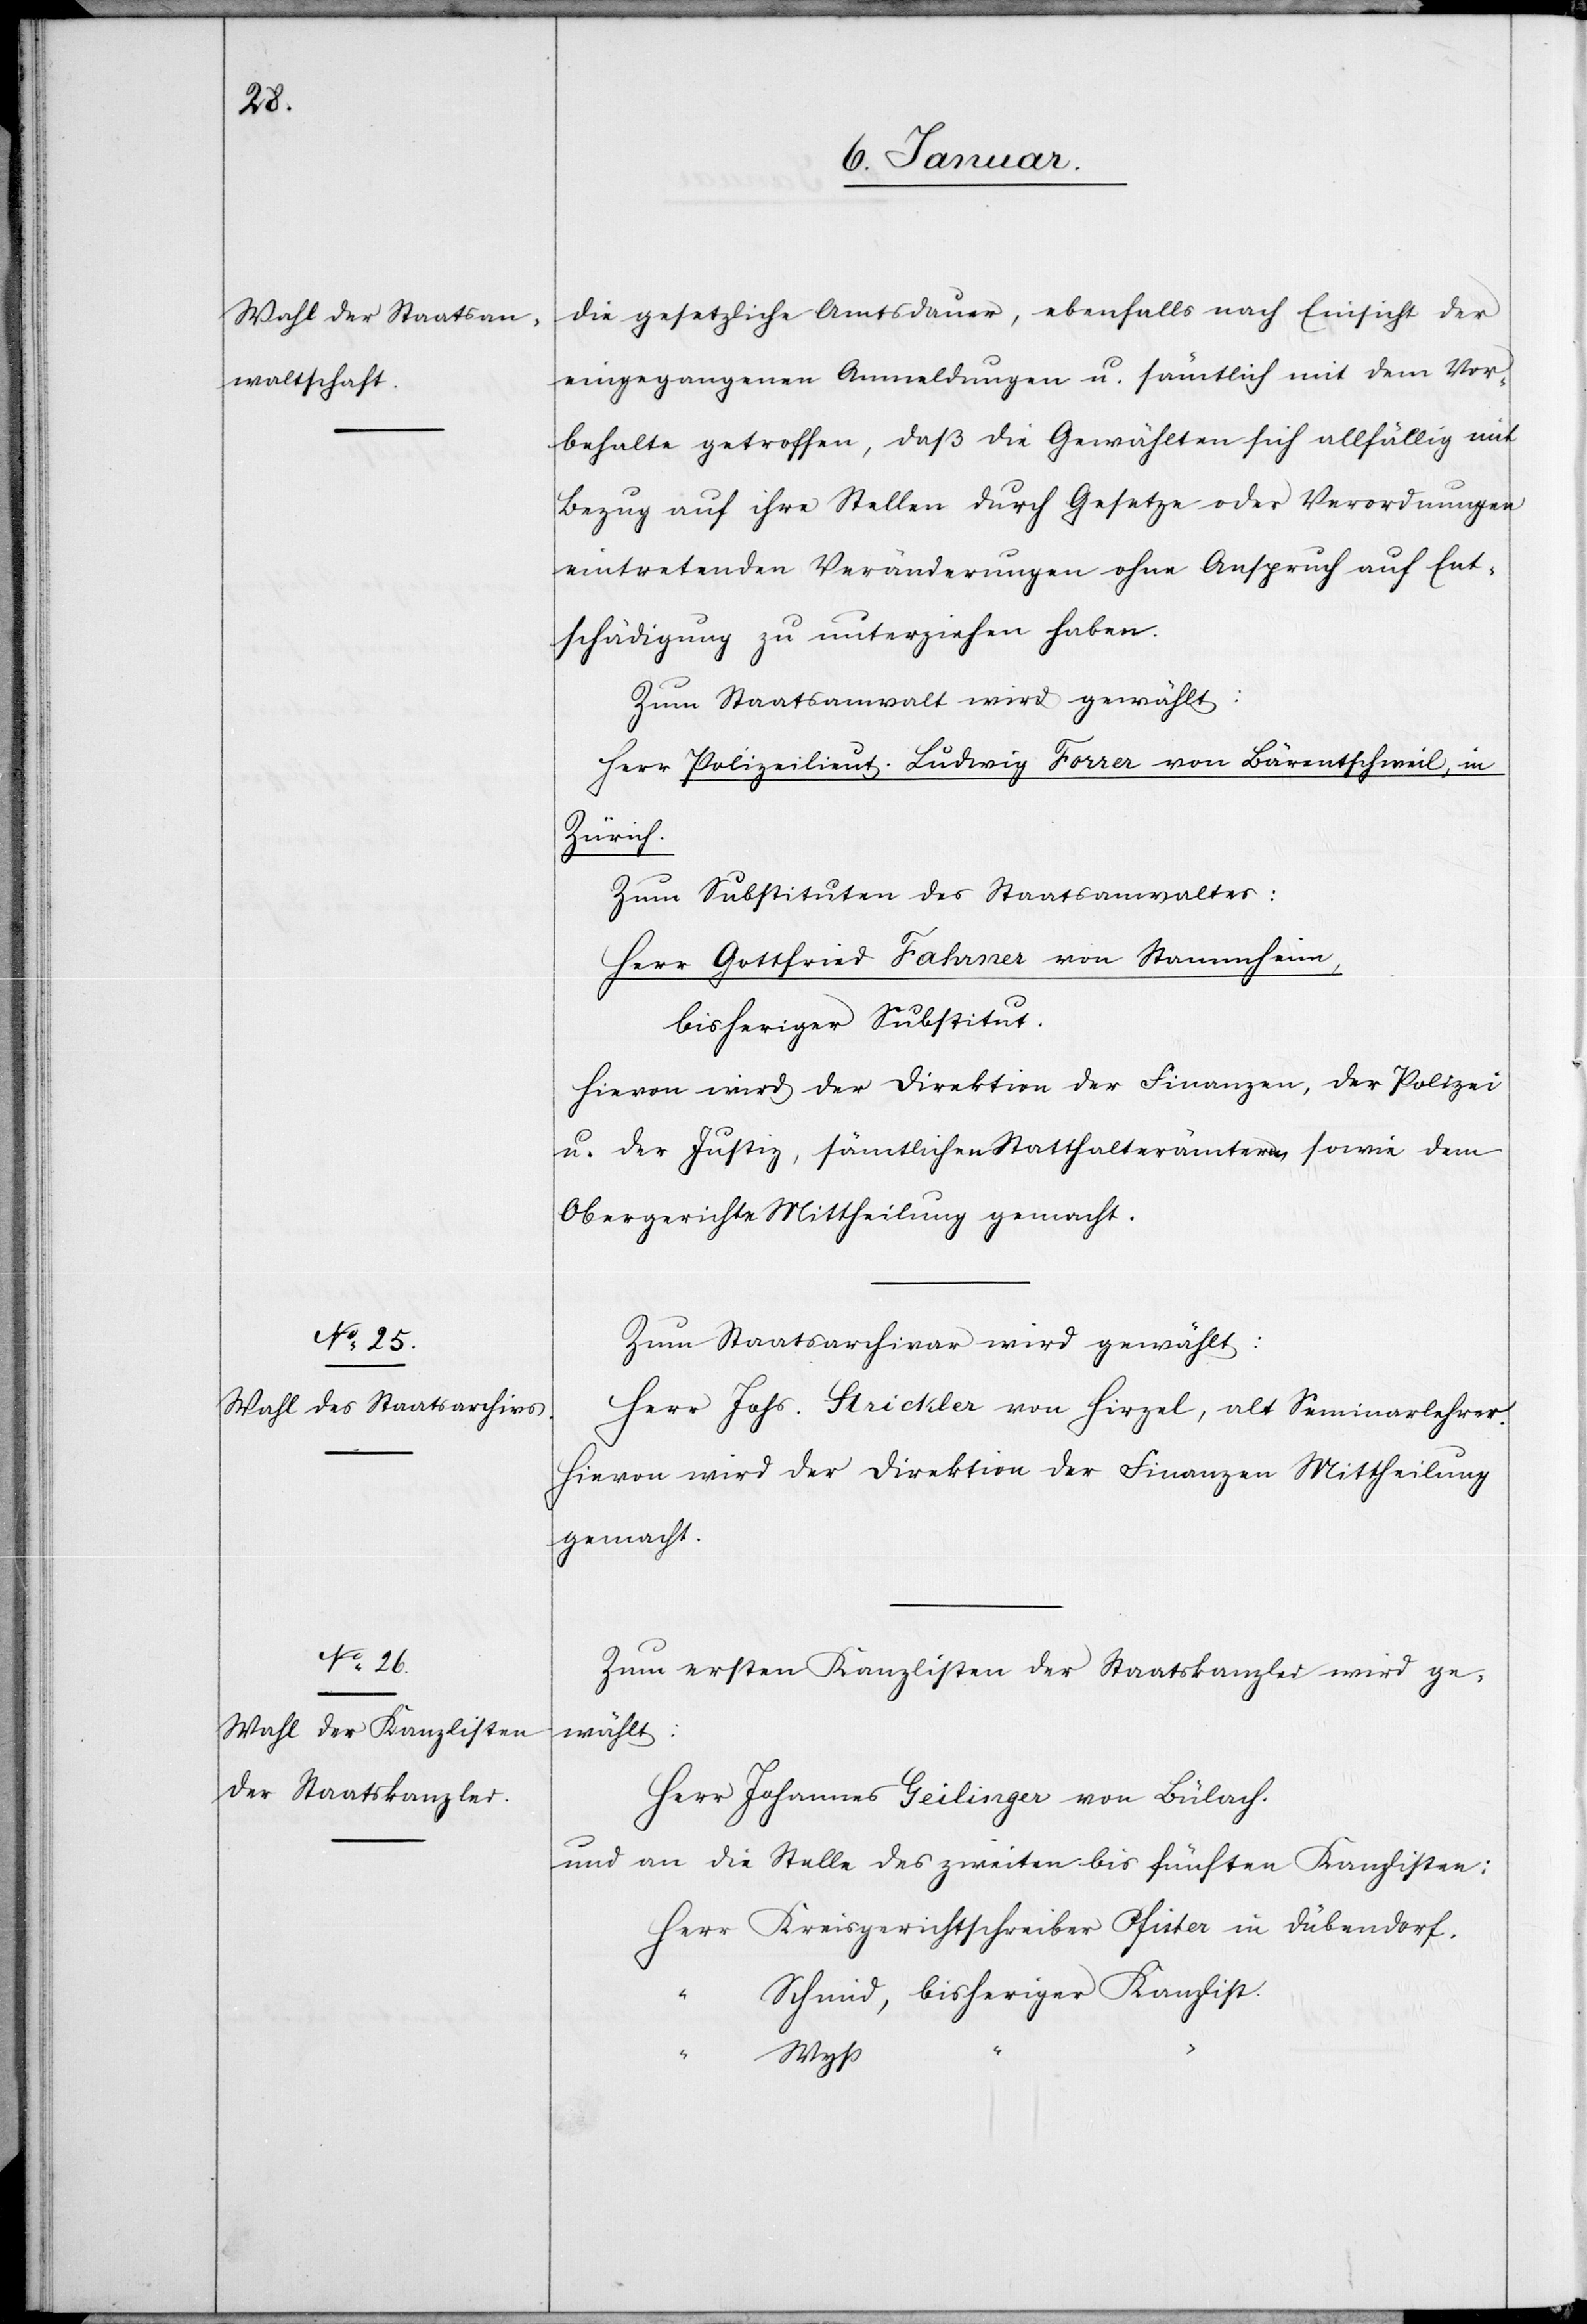
die gesetzliche Amtsdauer, ebenfalls nach Einsicht der
eingegangenen Anmeldungen u. sämtlich mit dem Vor¬
behalte getroffen, daß die Gewählten sich allfällig mit
Bezug auf ihre Stellen durch Gesetze oder Verordnungen
eintretenden Veränderungen ohne Anspruch auf Ent¬
schädigung zu unterziehen haben.
Zum Staatsanwalt wird gewählt:
Herr Polizeilieut. Ludwig Forrer von Bärentschweil, in
Zürich.
Zum Substituten des Staatswanwaltes:
Herr Gottfried Fahrner von Stammheim,
bisheriger Substitut.
Hievon wird der Direktion der Finanzen, der Polizei
u. der Justiz, sämtlichen Statthalterämtern sowie dem
Obergerichte Mittheilung gemacht.
Zum Staatsarchivar wird gewählt:
Herr Johs. Strickler von Hirzel, alt Seminarlehrer.
Hievon wird der Direktion der Finanzen Mittheilung
gemacht.
Zum ersten Kanzlisten der Staatskanzlei wird ge¬
wählt:
Herr Johannes Geilinger von Bülach.
und an die Stelle des zweiten bis fünften Kanzlisten:
Herr Kreisgerichtschreiber Pfister in Dübendorf.
Schmid, bisheriger Kanzlist.